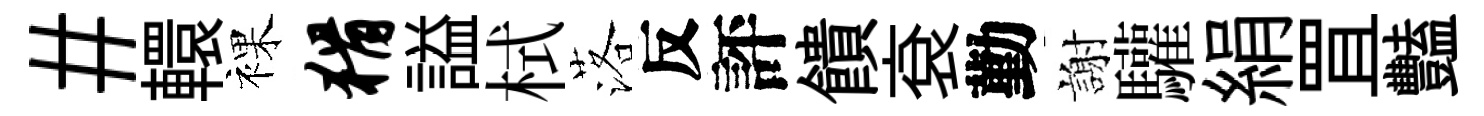
#轘裸猾謚栻落反評饋袞勤謝驩絹罝豔